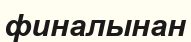
финалынан